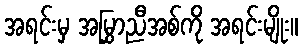
အရင်းမှ အမြွှာညီအစ်ကို အရင်းမျိုး။